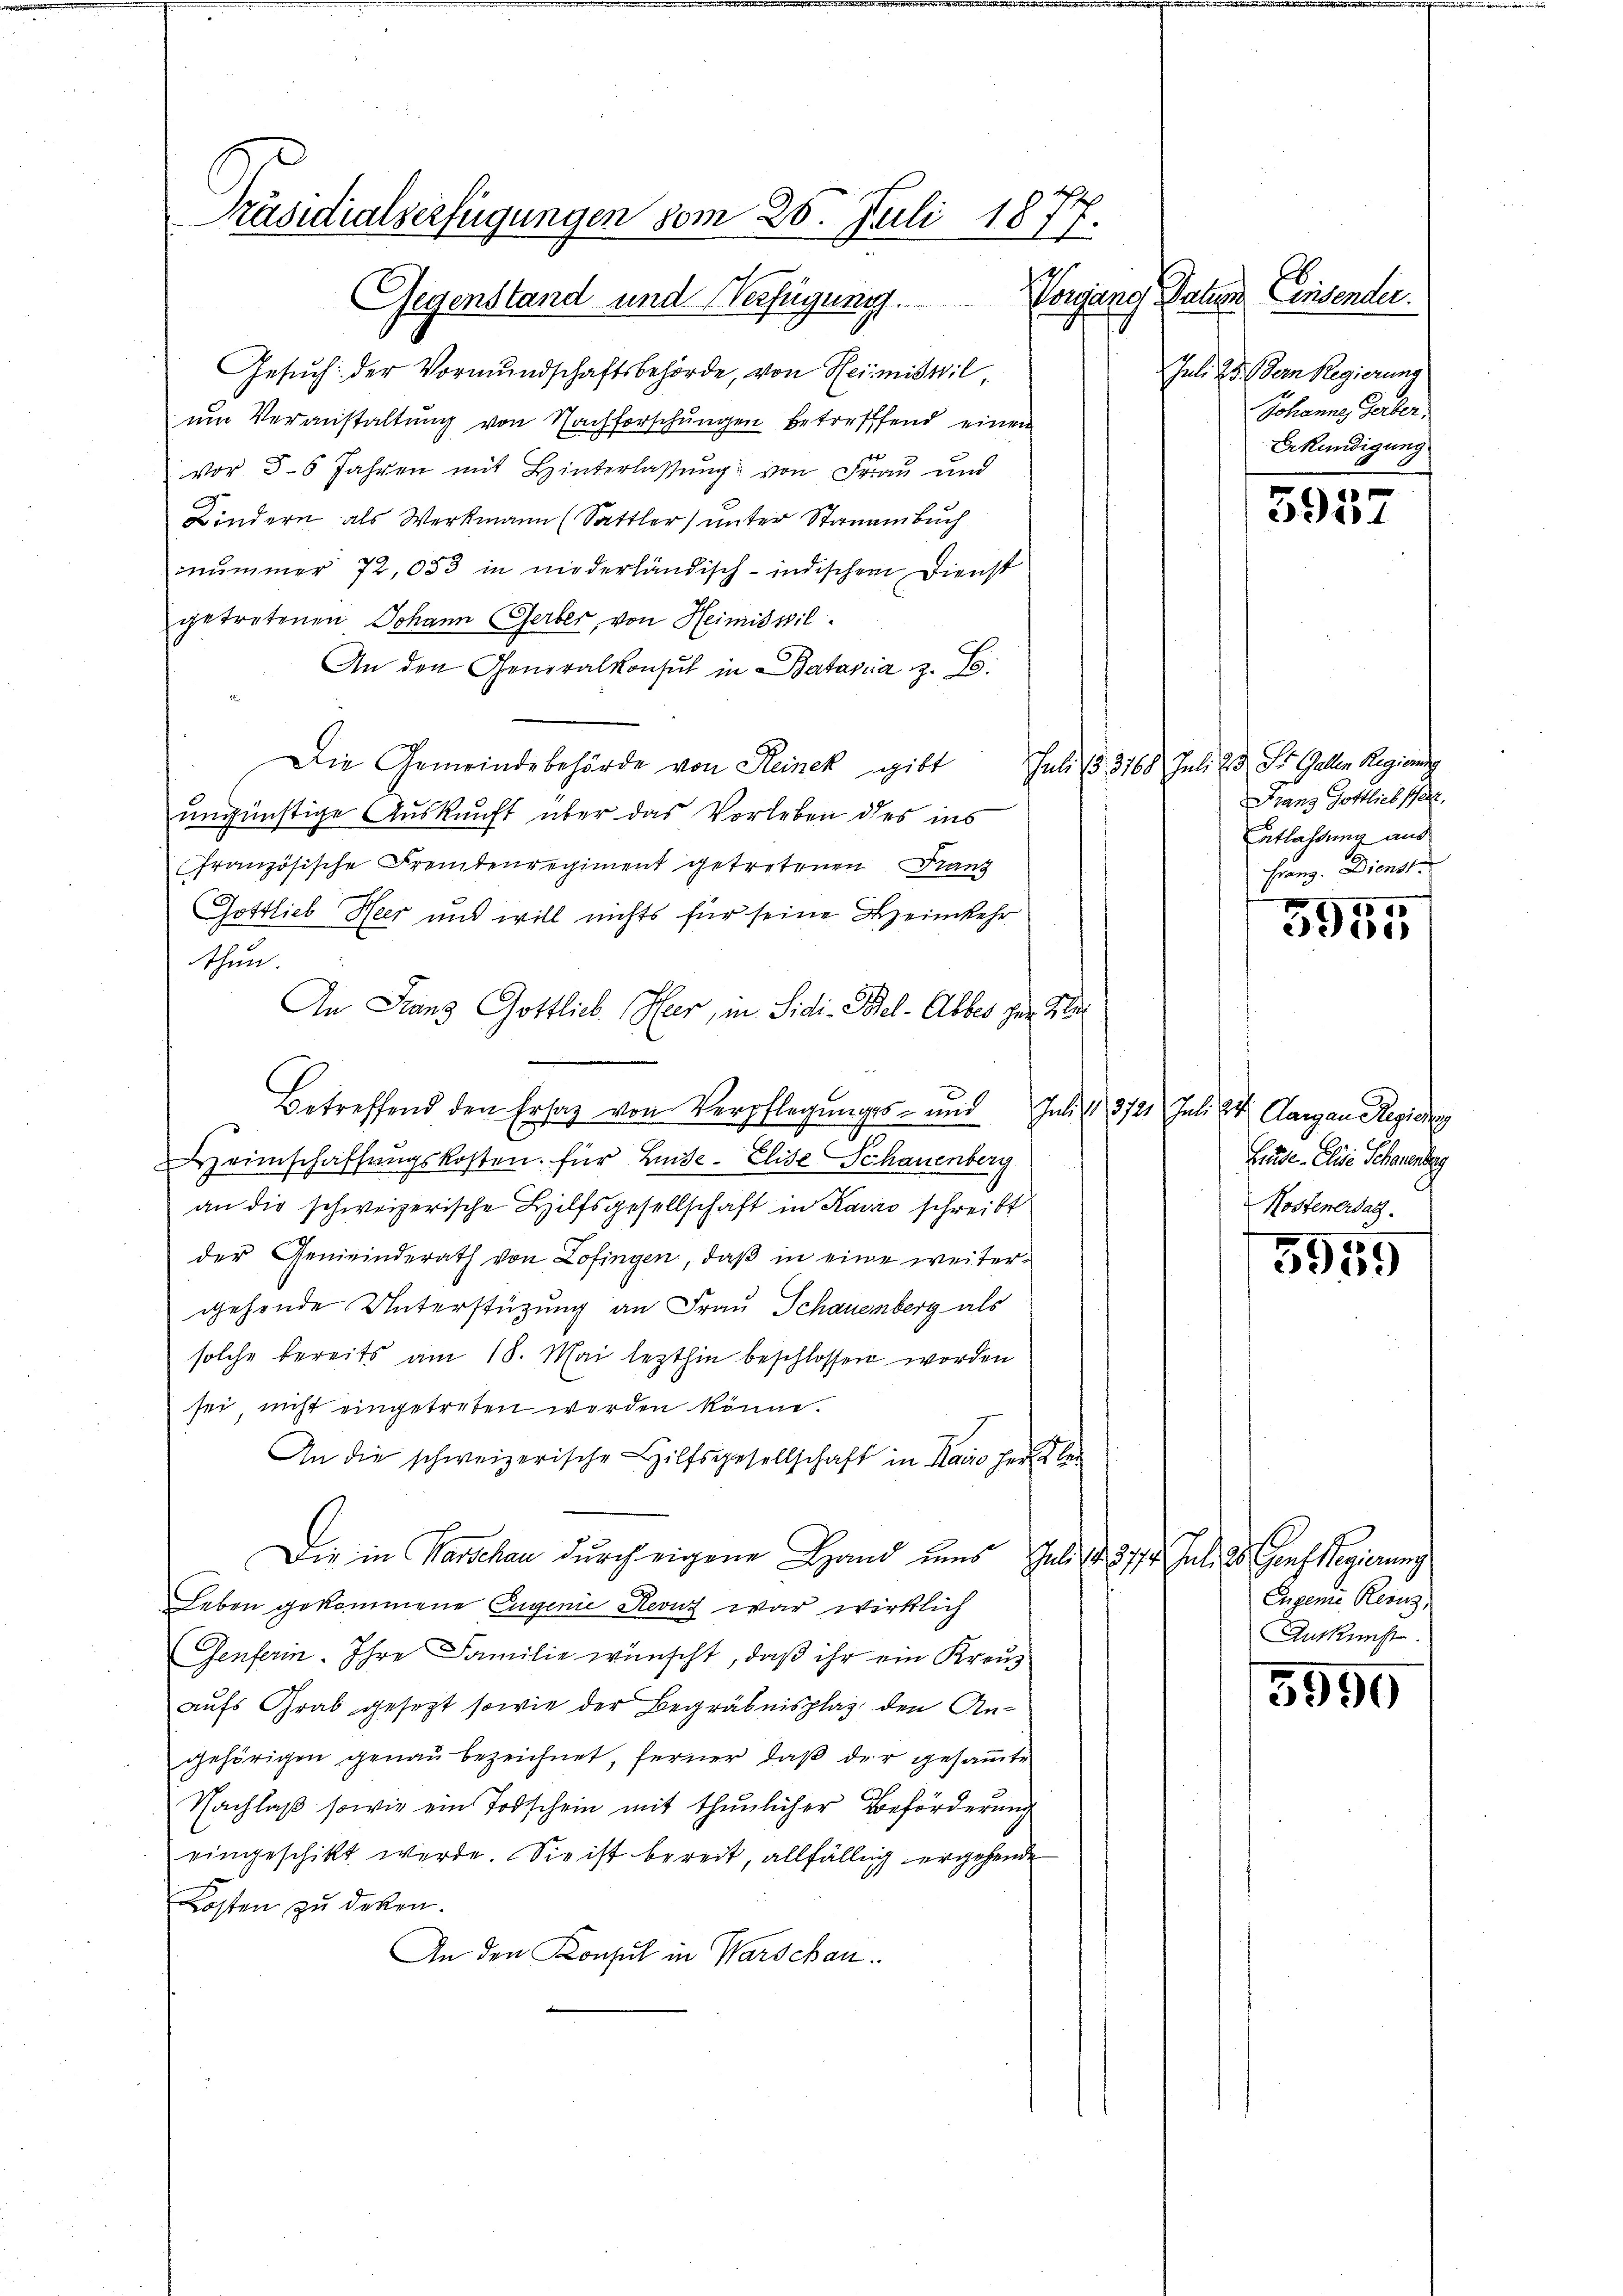
Präsidialserfügungen vom 25. Juli 1877.
Gegenstand und Verfügung. Vorgang Datum

Gesuch: der Vormundschaftsbehörde, von Heimistilum Veranstaltung von Nachforschungen betreffend einen
vor 56 Jahren mit Hinterlassung von Frau und
Kindern als Werkmann (Sattler) unter Standenbuch
mnummer 72,053 in niederländisch-indischem Dienst
getretenen Johann Gerber, von Heimiswil
An den Generalkonsul in Batavia z. B.
Die Gemeindebehörde von Reinek gibt
ungünstige Auskunft über das Vorleben des ins
französische Fremdenregiment getretenen Franz
Gottlieb Heer und will nichts für seine Bezeimkehr
thun.
An Franz Gottlich. Nur, in Sidi-Bel-Alber der Glei
Betreffend den Ersatz von Verpflegungs- und Juli 3721. Juli 24. Aargau Regierung
eimschaffungskosten für Leide. Elise Schauenberg
an die schweizerische Hilfsgesellschaft in Kaviro schreibt
der Gemeinderath von Zofingen, daß in eine weiterggehende Unterstützung an Frau Schauenberg als
solche bereits am 18. Mai lezthin beschlossen worden
sei nicht eingetreten werden könne.
An die schweizerische Hilfsgesellschaft in Haus herzlei
Die in Marschau durch eigene Hand uns Juli d. 317. Juli 28. Genf Regierung
Leben gekommene Eugenie Reonz war wirklich
Genferin. Ihre Familie wünscht, daß ihr ein Kreuz
aufs Grab gesezt sowie der Begräbnisplaz, den An-
gehörigen genau bezeichnet, ferner, daß der gesammte
Nachlaβ sowie ein Todschein mit thunlicher Beförderung
eingeschikt werde. Sie ist bereit, allfällig ergehende
Kosten zu decken.
An den Konsul in Warschau.

Einsender.
Juli 25. dem Regierung
Sohanne Gerber
Erkundigung

3957

Juli 1816. Juli et St. Galle Regierung
Franz Gottlieb scholt,
Entlassung aus
Franz. Dienst

3955

Linde. Elie Scheuenburg
Kostenersatz.

5959

Eugenie Renz,
Auskunft.

5950